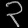
Digit: ၃